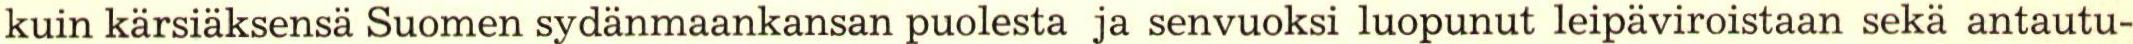
kuin kärsiäksensä Suomen sydänmaankansan puolesta ja senvuoksi luopunut leipäviroistaan sekä antautu-